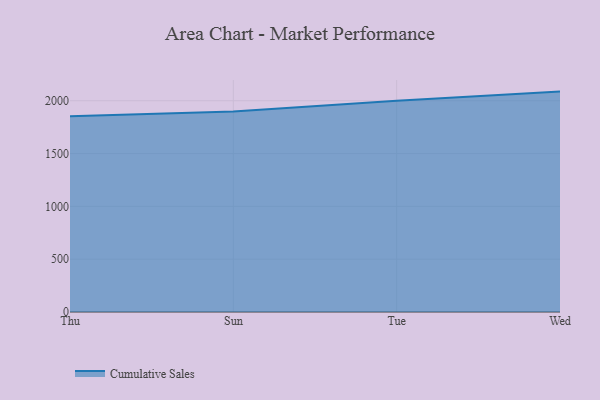
{"axis": {"x": "Day", "y": "Backlog"}, "legend": ["Cumulative Sales"], "data": [{"x": "Thu", "y": 1852.3, "type": "Cumulative Sales"}, {"x": "Sun", "y": 1898.3, "type": "Cumulative Sales"}, {"x": "Tue", "y": 2001.0, "type": "Cumulative Sales"}, {"x": "Wed", "y": 2086.5, "type": "Cumulative Sales"}]}